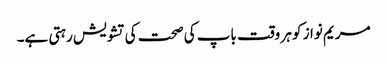
مریم نواز کو ہر وقت باپ کی صحت کی تشویش رہتی ہے۔